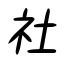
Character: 社